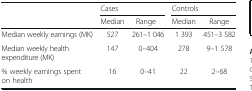
<table><thead><tr><td></td><td colspan="2"><b>Cases</b></td><td colspan="2"><b>Controls</b></td></tr><tr><td></td><td><b>Median</b></td><td><b>Range</b></td><td><b>Median</b></td><td><b>Range</b></td></tr></thead><tbody><tr><td>Median weekly earnings (MK)</td><td>527</td><td>261–1 046</td><td>1 393</td><td>451–3 582</td></tr><tr><td>Median weekly health expenditure (MK)</td><td>147</td><td>0–404</td><td>278</td><td>9–1 578</td></tr><tr><td>% weekly earnings spent on health</td><td>16</td><td>0–41</td><td>22</td><td>2–68</td></tr></tbody></table>